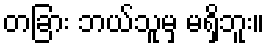
တခြား ဘယ်သူမှ မရှိဘူး။